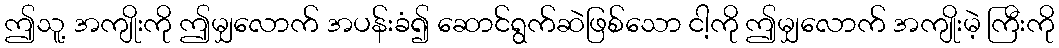
ဤသူ့ အကျိုးကို ဤမျှလောက် အပန်းခံ၍ ဆောင်ရွက်ဆဲဖြစ်သော ငါ့ကို ဤမျှလောက် အကျိုးမဲ့ ကြီးကို